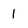
Character: 1